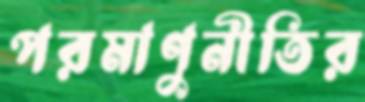
পরমাণুনীতির